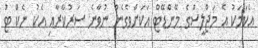
އެކަމަކު އެ މަޖްލީސްގެ މޭންޑޭޓް އަކަށްވެގެން ނުވާނެ ސަރުކާރާއި އެކު ނެކް ޓު